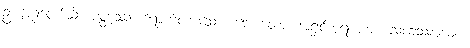
ဥယျာဉ်တော်သို့။ ပတ္တဿ၊ ရောက်လာသော။ ဘောတော၊ အရှင်ဘုရားအား။ သုခေဿယျော၊